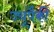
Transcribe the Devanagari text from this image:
ज्यूंपैकी